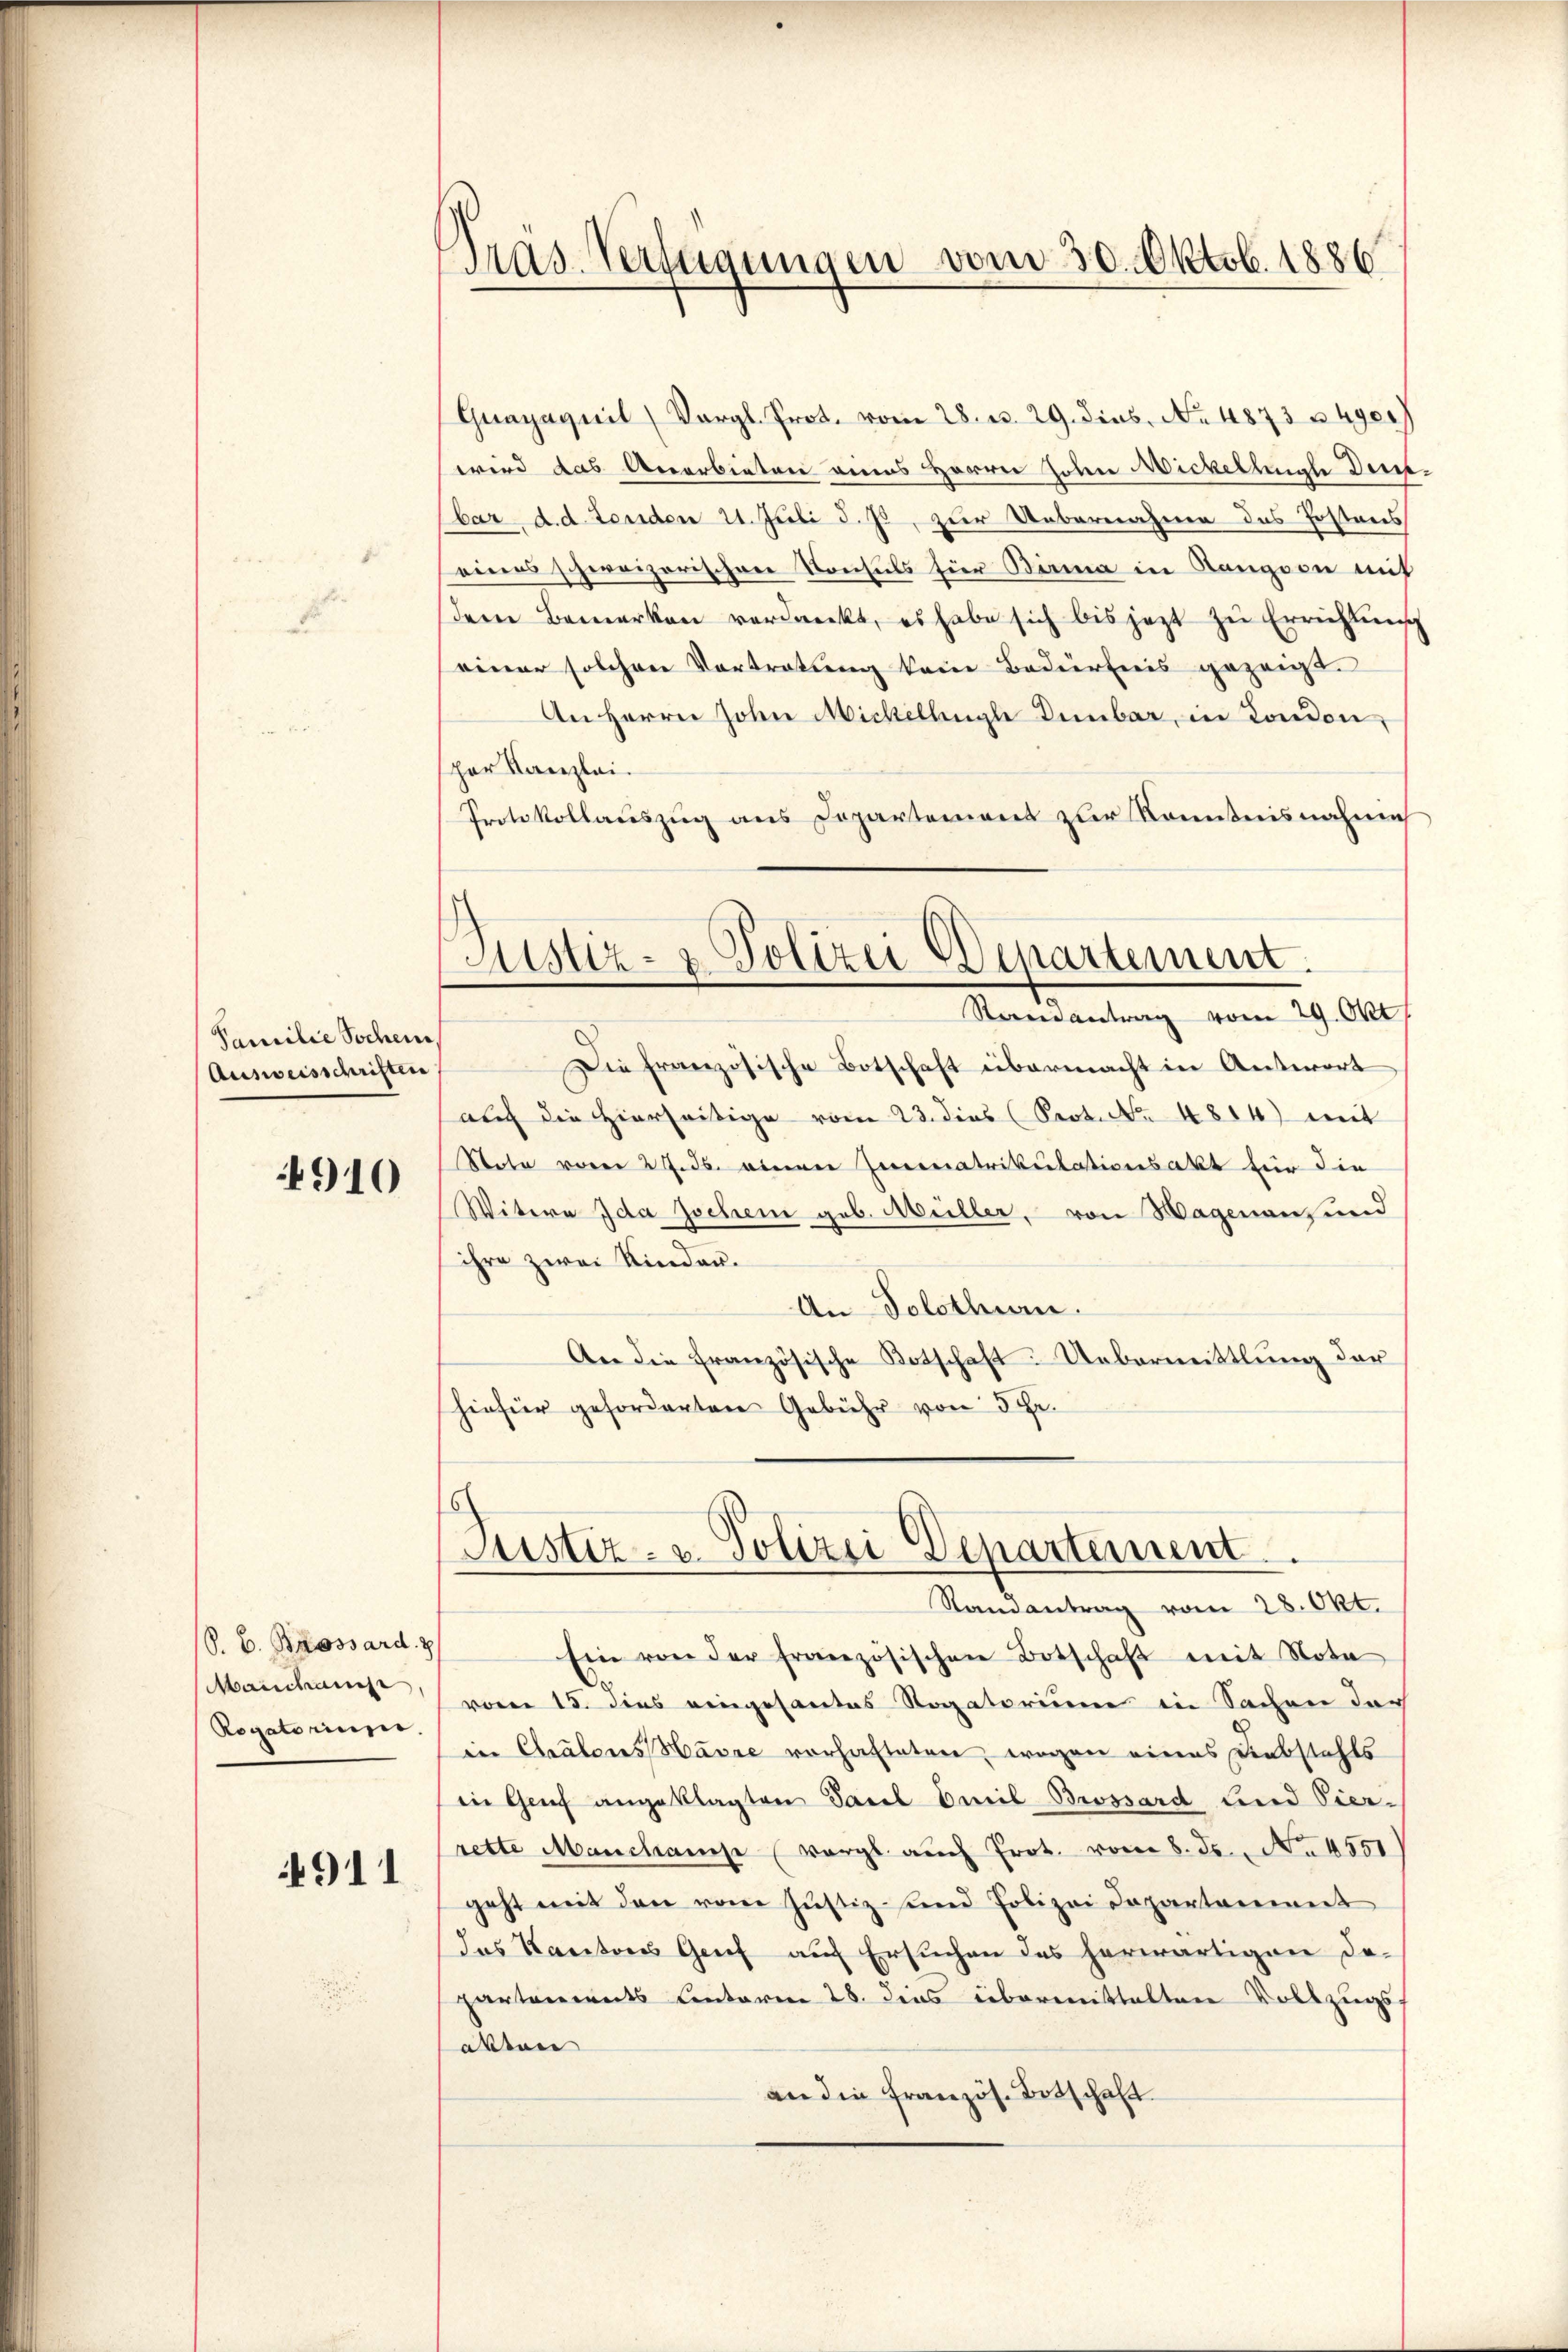
Familie Sachen,
Ausweisschriften

940

(S. B. Bossard.
Manschange,
Rogatorium

4911

Pras. Verlegungen vom 30. Oktob. 1886

Guayaquil Vergl. Prot. vom 28. u. 29. dies. No. 1873 § 490.
wird das Anerbieten eines Herrn Hohen Nickelung der
bar, d. d. Tenden 21. Juli d. Js, zur Uebernahme des Postens
eines schweizerischen Konsuls hier Birma in Kanzion mit
dem Bemerken verdankt, es habe sich bis jezt zŭ Errichtun
einer solchen Vortretung kein Bedürfnis gezeigt.
An Herrn John Michellinge Dembar, in London,
spar Kanzlei.
Protokollauszug aus Departement zur Kenntnisnahme
Justiz- & Polizei Departement.
Ramantrag vom 29. Okt
Die französische Botschaft übermacht in Antwort
auch die Hierseitige vom 23. dies (Seot. No. 4814) mit
Note vom 27. ds. einen Immatrikulationsakt für die
Witere Ida Jochen geb. Müller, von Hagenaus und
ihre zwei Kinder.
An Solothurn.
An die französische Botschaft: Uebermittlung der
hiefür geforderten Gebühr von 5 Fr.

Puster- u. Polizei Departement.
Randantrag vom 28. Okt.

Ein von der französischen Botschaft mit Nota
vom 15. dies eingesantes Rogatorium in Sachen der
in Cralons Havre vorhafteten, wogen eines Diebstehts
in Genf angeklagten Parl Emil Brossard und Vier-
rette Marchause (vergl. auch Prot. vom 8. ds. No. 4551
geht mit den vom Justiz sind Polizei Departement
das Kantons Genf auf Ersuchen des herwärtigen da-
partements Centaren 28. dies übermittalten Vollzugsatten
an die französ. Botschaft